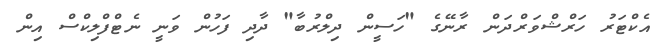
އެކްޓަރު ހަރްޝްވަރްދަން ރާނޭގެ "ހަސީން ދިލްރުބާ" ދާދި ފަހުން ވަނީ ނެޓްފްލިކްސް އިން